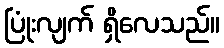
ပြုံးလျက် ရှိလေသည်။